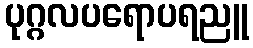
ပုဂ္ဂလပရောပရညူ